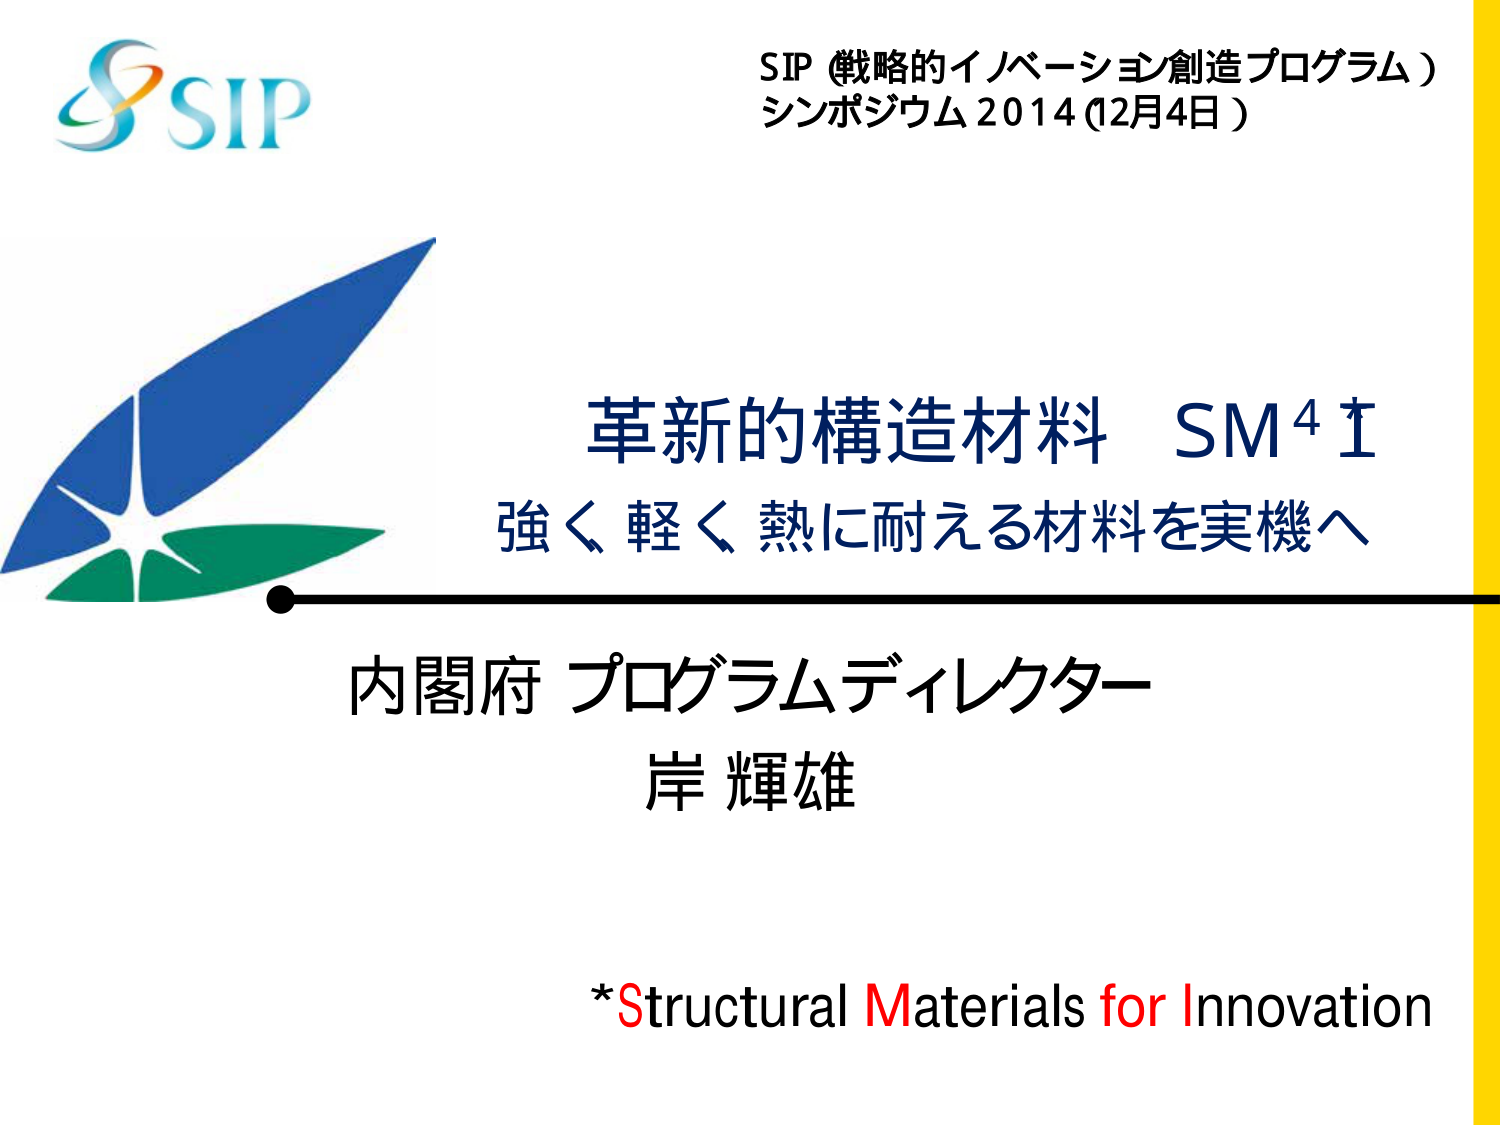
SIP
SIP (戦略的イノベーション創造プログラム)
シンポジウム 2014 (12月4日)
革新的構造材料 SM⁴I
強く 軽く 熱に耐える材料を実機へ
内閣府 プログラムディレクター
岸 輝雄
*Structural Materials for Innovation